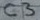
Text: C3